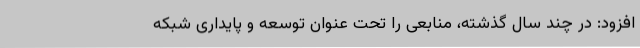
افزود: در چند سال گذشته، منابعی را تحت عنوان توسعه و پایداری شبکه